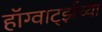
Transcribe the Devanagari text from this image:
हॉग्वार्ट्झच्या